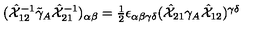
( \hat { { \cal X } } _ { 1 2 } ^ { - 1 } \tilde { \gamma } _ { A } \hat { { \cal X } } _ { 2 1 } ^ { - 1 } ) _ { \alpha \beta } = \textstyle { \frac { 1 } { 2 } } \epsilon _ { \alpha \beta \gamma \delta } ( \hat { { \cal X } } _ { 2 1 } \gamma _ { A } \hat { { \cal X } } _ { 1 2 } ) ^ { \gamma \delta }